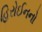
હિરોઈનનો